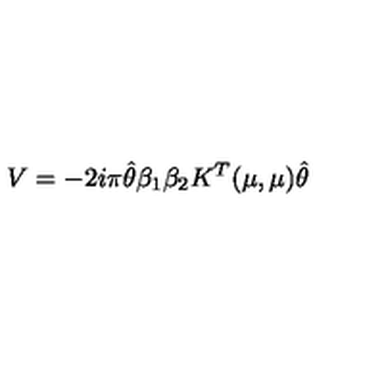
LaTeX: V = - 2 i \pi \hat { \theta } \beta _ { 1 } \beta _ { 2 } K ^ { T } ( \mu , \mu ) \hat { \theta }